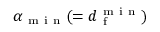
\alpha _ { \mathrm { ~ m ~ i ~ n ~ } } ( = d _ { \mathrm { ~ f ~ } } ^ { \mathrm { ~ m ~ i ~ n ~ } } )